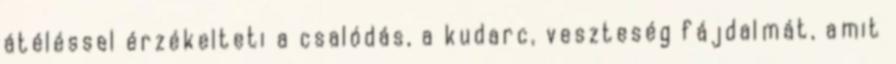
átéléssel érzékelteti a csalódás, a kudarc, veszteség fájdalmát, amit